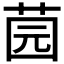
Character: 𱽪